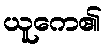
ယူကေ၏